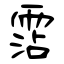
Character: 霑